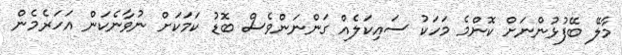
މާލޭ ބޭފުޅުންނަށް ކޮންމެ މަހަކު ސައިކަލެއް ގަންނަންވެސް ބޮޑު ކަމަކަށް ނުވާނެކަން އަހަރެމެން